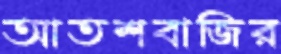
আতশবাজির